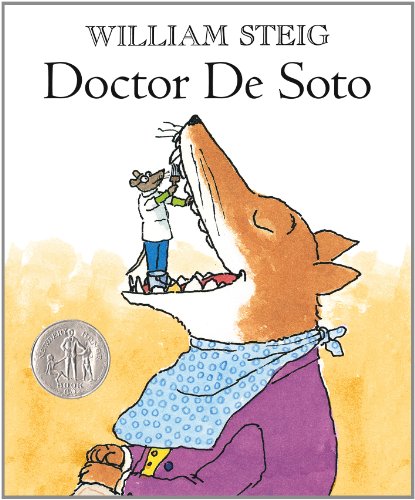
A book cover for Doctor De Soto; William Steig; Children's Books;